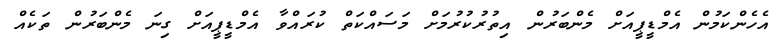
އެހެންކަމުން އެމްޑީޕީއަށް މެންބަރުން އިތުރުކުރުމަށް މަސައްކަތް ކުރައްވާ އެމްޑީޕީއަށް ގިނަ މެންބަރުން ތަކެއް